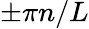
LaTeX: \pm\pi n/L